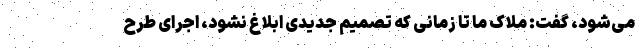
می‌شود، گفت: ملاک ما تا زمانی که تصمیم جدیدی ابلاغ نشود، اجرای طرح